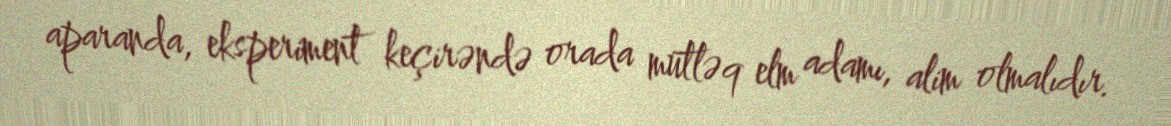
aparanda, eksperiment keçirəndə orada mütləq elm adamı, alim olmalıdır.